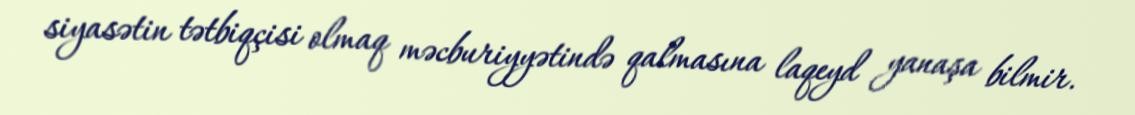
siyasətin tətbiqçisi olmaq məcburiyyətində qalmasına laqeyd yanaşa bilmir.